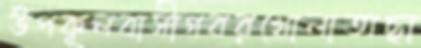
উপকূলবাসীগবরখোলাঅছা